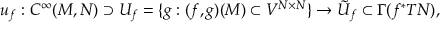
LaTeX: u _ { f } : C ^ { \infty } ( M , N ) \supset U _ { f } = \{ g : ( f , g ) ( M ) \subset V ^ { N \times N } \} \to { \tilde { U } } _ { f } \subset \Gamma ( f ^ { * } T N ) ,